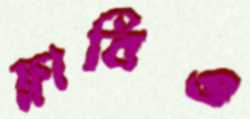
ফ্লাবিও